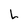
Character: L